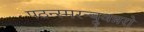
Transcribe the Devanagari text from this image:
पठन्स्मरन्ब्रुवन्नरो